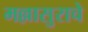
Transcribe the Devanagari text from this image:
मल्लासुराचे